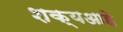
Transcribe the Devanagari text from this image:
शक्यआहे